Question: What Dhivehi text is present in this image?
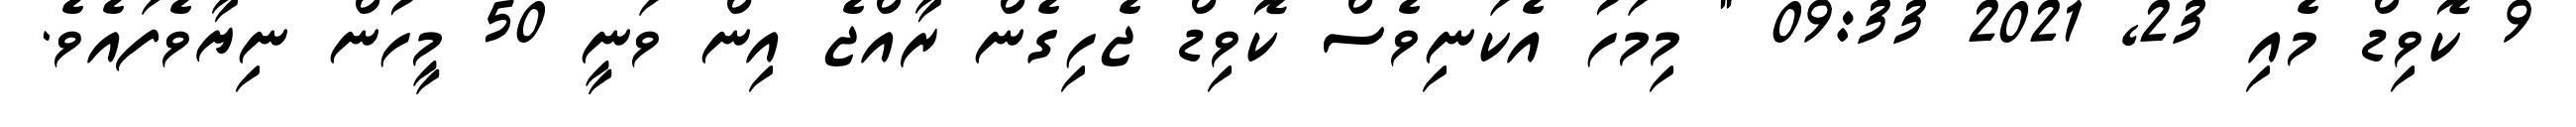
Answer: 9 ކޮވިޑް މެއި 23, 2021 09:33 " މިމަހު އެކަނިވެސް ކޮވިޑް ޖެހިގެން ރާއްޖެ އިން ވަނީ 50 މީހުން ނިޔާވެފައެވެ.